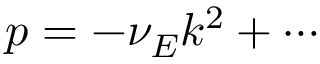
p = - \nu _ { E } k ^ { 2 } + \cdots